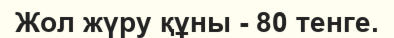
Жол жүру құны - 80 тенге.